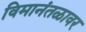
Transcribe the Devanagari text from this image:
विमानंतळावर